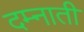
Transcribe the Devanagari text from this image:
दम्नाती